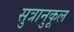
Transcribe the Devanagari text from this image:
सुत्रानुकूल